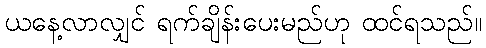
ယနေ့လာလျှင် ရက်ချိန်းပေးမည်ဟု ထင်ရသည်။